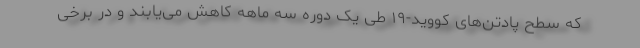
که سطح پادتن‌های کووید-۱۹ طی یک دوره سه ماهه کاهش می‌یابند و در برخی